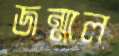
জন্মাল